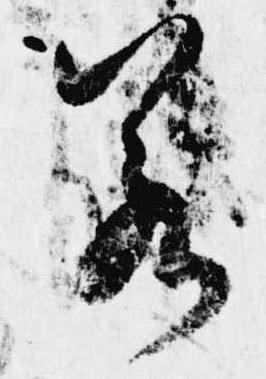
若